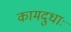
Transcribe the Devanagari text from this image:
कामदुधाः